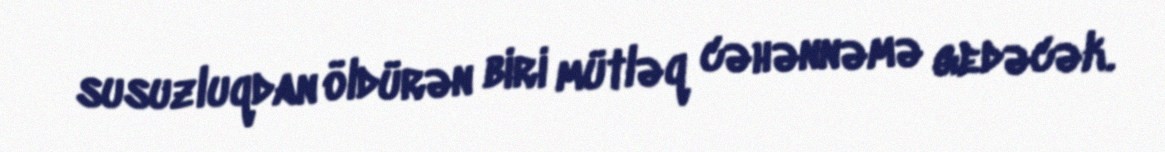
susuzluqdan öldürən biri mütləq cəhənnəmə gedəcək.